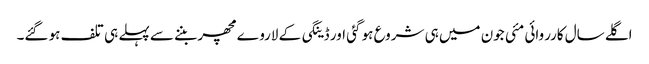
اگلے سال کارروائی مئی جون میں ہی شروع ہو گئی اور ڈینگی کے لاروے مچھر بننے سے پہلے ہی تلف ہو گئے۔